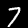
Label: 7